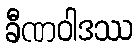
ခီဏဝါဒဿ